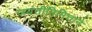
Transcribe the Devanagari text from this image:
जयंतीनिमित्ताने